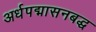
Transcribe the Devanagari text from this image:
अर्धपद्मासनबद्ध